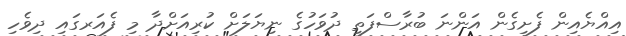
އިއްޔެއިން ފެށިގެން އަންނަ ބުރާސްފަތި ދުވަހުގެ ނިޔަލަށް ކުރިއަށްދާ މި ފެއަރގައި ދިވެހި